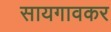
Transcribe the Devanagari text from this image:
सायगावकर